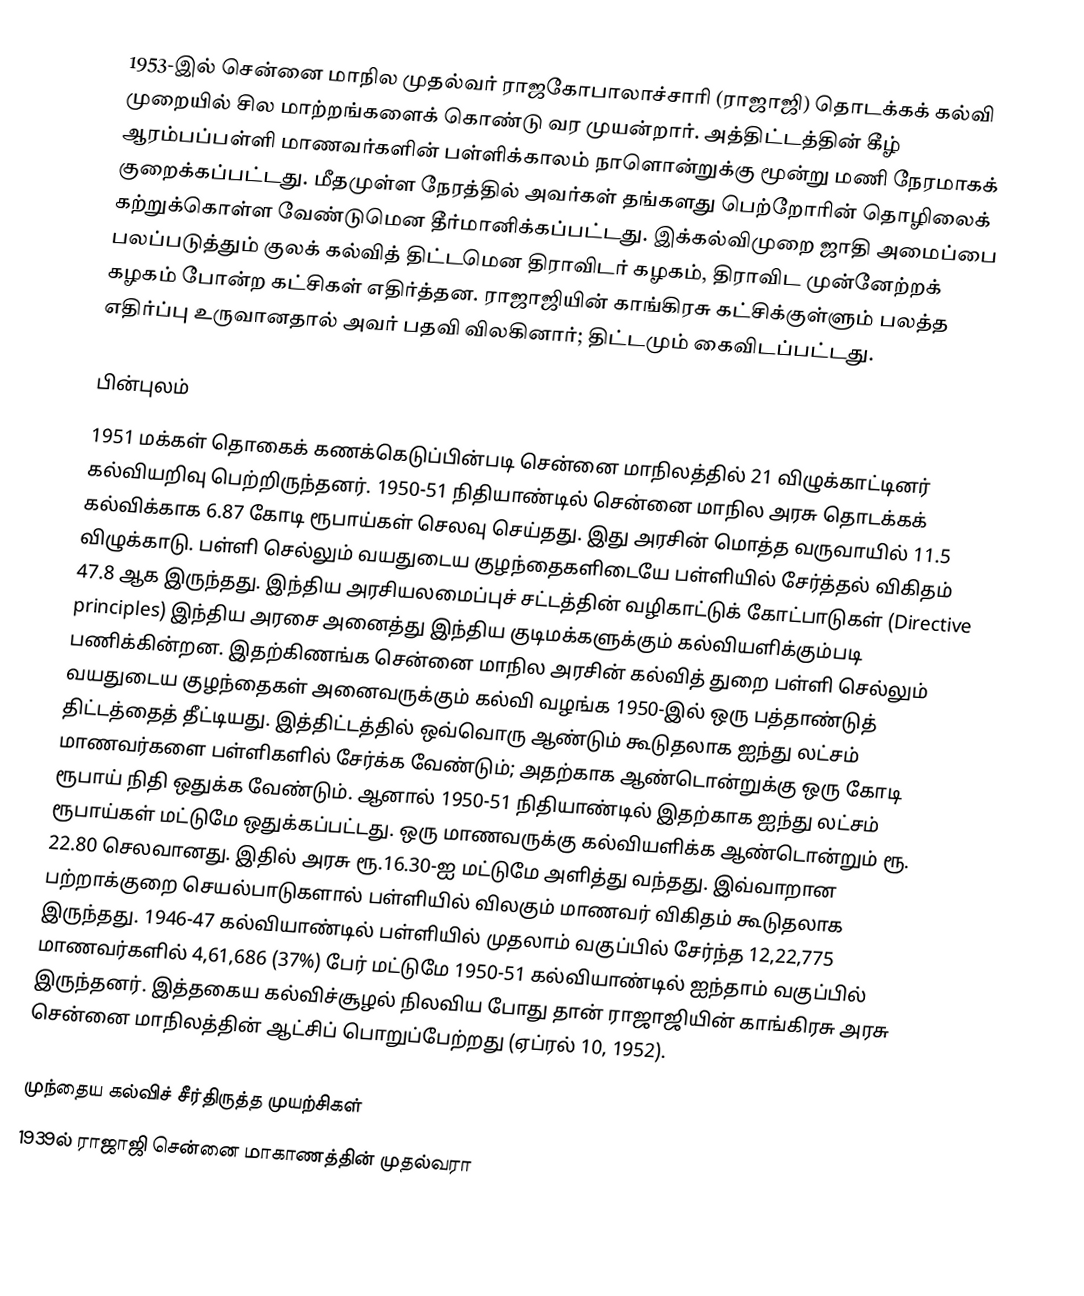
1953-இல் சென்னை மாநில முதல்வர்  ராஜகோபாலாச்சாரி (ராஜாஜி) தொடக்கக் கல்வி முறையில் சில மாற்றங்களைக் கொண்டு வர முயன்றார். அத்திட்டத்தின் கீழ் ஆரம்பப்பள்ளி மாணவர்களின் பள்ளிக்காலம் நாளொன்றுக்கு மூன்று மணி நேரமாகக் குறைக்கப்பட்டது. மீதமுள்ள நேரத்தில் அவர்கள் தங்களது பெற்றோரின் தொழிலைக் கற்றுக்கொள்ள வேண்டுமென தீர்மானிக்கப்பட்டது. இக்கல்விமுறை ஜாதி அமைப்பை பலப்படுத்தும் குலக் கல்வித் திட்டமென திராவிடர் கழகம், திராவிட முன்னேற்றக் கழகம் போன்ற கட்சிகள் எதிர்த்தன. ராஜாஜியின் காங்கிரசு கட்சிக்குள்ளும் பலத்த எதிர்ப்பு உருவானதால் அவர் பதவி விலகினார்; திட்டமும் கைவிடப்பட்டது.

பின்புலம்
1951 மக்கள் தொகைக் கணக்கெடுப்பின்படி சென்னை மாநிலத்தில் 21 விழுக்காட்டினர் கல்வியறிவு பெற்றிருந்தனர். 1950-51 நிதியாண்டில் சென்னை மாநில அரசு தொடக்கக் கல்விக்காக 6.87 கோடி ரூபாய்கள் செலவு செய்தது. இது அரசின் மொத்த வருவாயில் 11.5 விழுக்காடு. பள்ளி செல்லும் வயதுடைய குழந்தைகளிடையே பள்ளியில் சேர்த்தல் விகிதம் 47.8 ஆக இருந்தது. இந்திய அரசியலமைப்புச் சட்டத்தின் வழிகாட்டுக் கோட்பாடுகள் (Directive principles) இந்திய அரசை அனைத்து இந்திய குடிமக்களுக்கும் கல்வியளிக்கும்படி பணிக்கின்றன. இதற்கிணங்க சென்னை மாநில அரசின் கல்வித் துறை பள்ளி செல்லும் வயதுடைய குழந்தைகள் அனைவருக்கும் கல்வி வழங்க 1950-இல் ஒரு பத்தாண்டுத் திட்டத்தைத் தீட்டியது. இத்திட்டத்தில் ஒவ்வொரு ஆண்டும் கூடுதலாக ஐந்து லட்சம் மாணவர்களை பள்ளிகளில் சேர்க்க வேண்டும்; அதற்காக ஆண்டொன்றுக்கு ஒரு கோடி ரூபாய் நிதி ஒதுக்க வேண்டும். ஆனால் 1950-51 நிதியாண்டில் இதற்காக ஐந்து லட்சம் ரூபாய்கள் மட்டுமே ஒதுக்கப்பட்டது. ஒரு மாணவருக்கு கல்வியளிக்க ஆண்டொன்றும் ரூ. 22.80 செலவானது. இதில் அரசு ரூ.16.30-ஐ மட்டுமே அளித்து வந்தது. இவ்வாறான பற்றாக்குறை செயல்பாடுகளால் பள்ளியில் விலகும் மாணவர் விகிதம் கூடுதலாக இருந்தது. 1946-47 கல்வியாண்டில் பள்ளியில் முதலாம் வகுப்பில் சேர்ந்த 12,22,775 மாணவர்களில் 4,61,686 (37%) பேர் மட்டுமே 1950-51 கல்வியாண்டில் ஐந்தாம் வகுப்பில் இருந்தனர். இத்தகைய கல்விச்சூழல் நிலவிய போது தான் ராஜாஜியின் காங்கிரசு அரசு சென்னை மாநிலத்தின் ஆட்சிப் பொறுப்பேற்றது (ஏப்ரல் 10, 1952).

முந்தைய கல்விச் சீர்திருத்த முயற்சிகள்
1939ல் ராஜாஜி சென்னை மாகாணத்தின் முதல்வரா